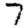
Digit: 7